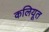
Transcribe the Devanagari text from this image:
कलियूत